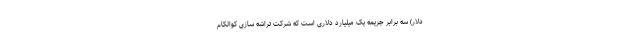
دلار) سه برابر جریمه یک میلیارد دلاری است که شرکت تراشه سازی کوالکام